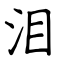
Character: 泪